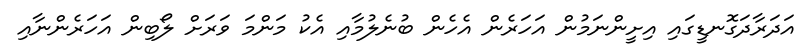
އަދަރާދަގޮނޑީގައި އިށީންނަމުން އަހަރެން އެހެން ބުނެލުމާއި އެކު މަންމަ ވަރަށް ލޯބިން އަހަރެންނާއި